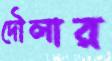
দৌলার